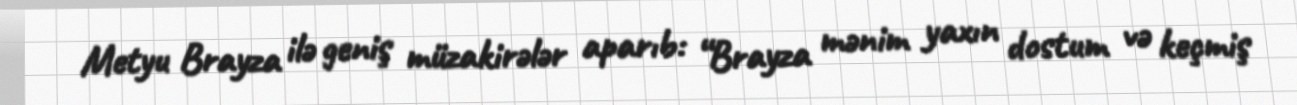
Metyu Brayza ilə geniş müzakirələr aparıb: “Brayza mənim yaxın dostum və keçmiş